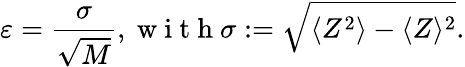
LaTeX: \varepsilon=\frac{\sigma}{\sqrt{M}},\mathrm{~w~i~t~h~}\sigma:=\sqrt{\langle Z^{2}\rangle-\langle Z\rangle^{2}}.